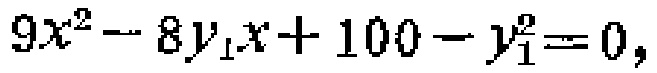
\(9x^{2}-8y_{1}x + 100 - y_{1}^{2}=0,\)